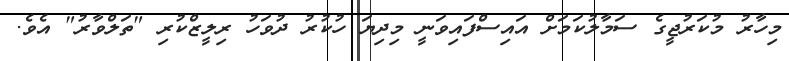
މިހާރު މުކަރުޖީގެ ސަމާލުކަމަށް އައިސްފައިވަނީ މިދިޔަ ހުކުރު ދުވަހު ރިލީޒްކުރި "ތަލްވާރު" އެވެ.